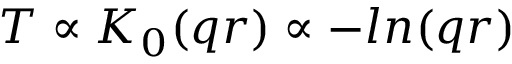
T \propto K _ { 0 } ( q r ) \propto - l n ( q r )